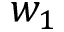
w _ { 1 }